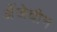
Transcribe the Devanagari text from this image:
अँजेवीन